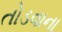
તોડવાના